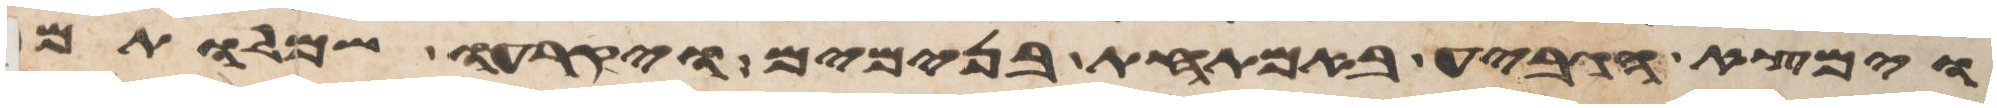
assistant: וימצא הגביע באמתחת בנימים ויקרעו שמלותם